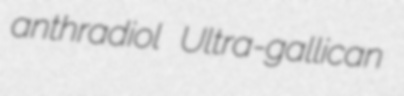
anthradiol Ultra-gallican